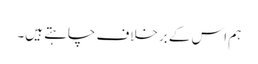
ہم اس کے برخلاف چاہتے ہیں۔